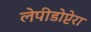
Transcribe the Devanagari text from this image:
लेपीडोप्टेरा